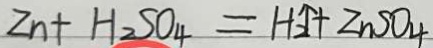
Z n + H _ { 2 } S O _ { 4 } = H _ { 2 } \uparrow + Z n S O _ { 4 }